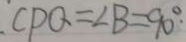
C P Q = \angle B = 9 0 ^ { \circ } .